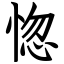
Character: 惚